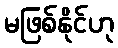
မဖြစ်နိုင်ဟု